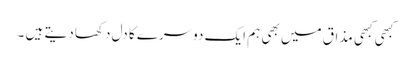
کبھی کبھی مذاق میں بھی ہم ایک دوسرے کا دل دکھا دیتے ہیں ۔